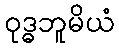
ဝုဒ္ဓဘူမိယံ